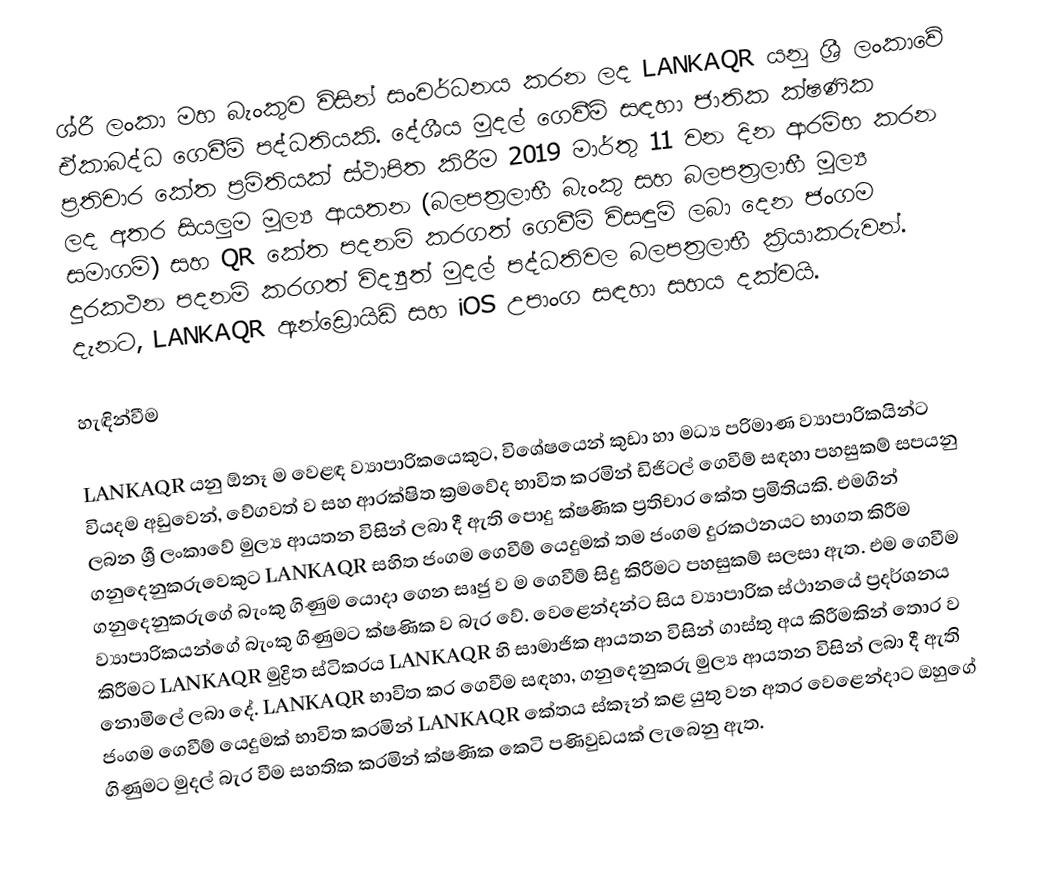
ශ්රී ලංකා මහ බැංකුව විසින් සංවර්ධනය කරන ලද LANKAQR යනු ශ්‍රී ලංකාවේ ඒකාබද්ධ ගෙවීම් පද්ධතියකි. දේශීය මුදල් ගෙවීම් සඳහා ජාතික ක්ෂණික ප්‍රතිචාර කේත ප්‍රමිතියක් ස්ථාපිත කිරීම 2019 මාර්තු 11 වන දින ආරම්භ කරන ලද අතර සියලුම මූල්‍ය ආයතන (බලපත්‍රලාභී බැංකු සහ බලපත්‍රලාභී මූල්‍ය සමාගම්) සහ QR කේත පදනම් කරගත් ගෙවීම් විසඳුම් ලබා දෙන ජංගම දුරකථන පදනම් කරගත් විද්‍යුත් මුදල් පද්ධතිවල බලපත්‍රලාභී ක්‍රියාකරුවන්. දැනට, LANKAQR ඇන්ඩ්‍රොයිඩ් සහ iOS උපාංග සඳහා සහය දක්වයි.

හැඳින්වීම

LANKAQR යනු ඕනෑ ම වෙළඳ ව්‍යාපාරිකයෙකුට, විශේෂයෙන් කුඩා හා මධ්‍ය පරිමාණ ව්‍යාපාරිකයින්ට වියදම අඩුවෙන්, වේගවත් ව සහ ආරක්ෂිත ක්‍රමවේද භාවිත කරමින් ඩිජිටල් ගෙවීම් සඳහා පහසුකම් සපයනු ලබන ශ්‍රී ලංකාවේ මුල්‍ය ආයතන විසින් ලබා දී ඇති පොදු ක්ෂණික ප්‍රතිචාර කේත ප්‍රමිතියකි. එමගින් ගනුදෙනුකරුවෙකුට LANKAQR සහිත ජංගම ගෙවීම් යෙදුමක් තම ජංගම දුරකථනයට භාගත කිරීම ගනුදෙනුකරුගේ බැංකු ගිණුම යොදා ගෙන සෘජු ව ම ගෙවීම් සිදු කිරීමට පහසුකම් සලසා ඇත. එම ගෙවීම ව්‍යාපාරිකයන්ගේ බැංකු ගිණුමට ක්ෂණික ව බැර වේ. වෙළෙන්දන්ට සිය ව්‍යාපාරික ස්ථානයේ ප්‍රදර්ශනය කිරීමට LANKAQR මුද්‍රිත ස්ටිකරය LANKAQR හි සාමාජික ආයතන විසින් ගාස්තු අය කිරීමකින් තොර ව නොමිලේ ලබා දේ. LANKAQR භාවිත කර ගෙවීම සඳහා, ගනුදෙනුකරු මුල්‍ය ආයතන විසින් ලබා දී ඇති ජංගම ගෙවීම් යෙදුමක් භාවිත කරමින් LANKAQR කේතය ස්කෑන් කළ යුතු වන අතර වෙළෙන්දාට ඔහුගේ ගිණුමට මුදල් බැර වීම සහතික කරමින් ක්ෂණික කෙටි පණිවුඩයක් ලැබෙනු ඇත.